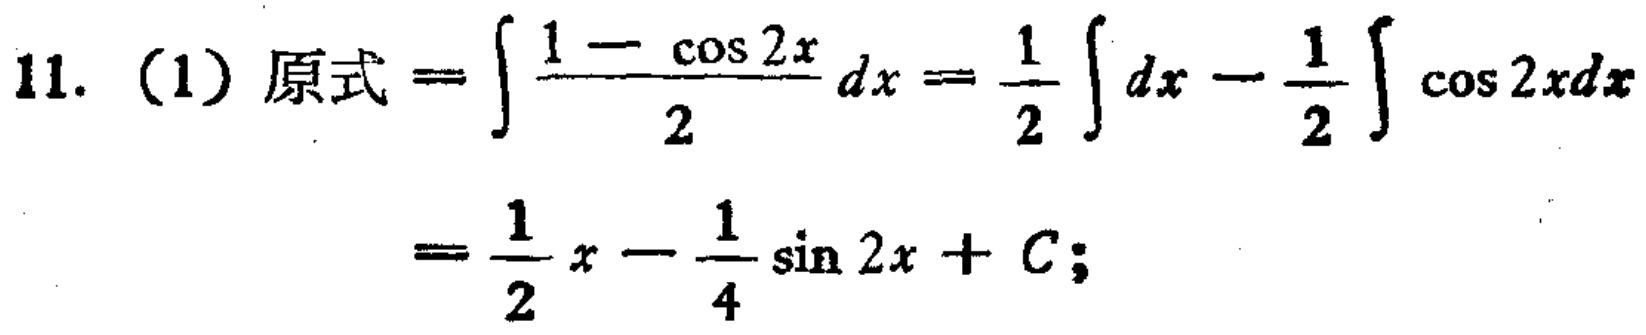
11. (1) 原式 \(=\int\frac{1 - \cos 2x}{2}dx=\frac{1}{2}\int dx-\frac{1}{2}\int\cos 2xdx\)
\(=\frac{1}{2}x-\frac{1}{4}\sin 2x + C\)；